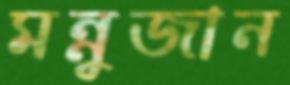
মন্নুজান